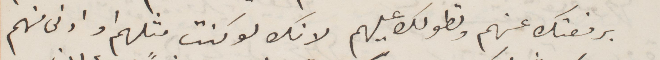
برفعتك عنهم وبطولك عليهم لانك لو كنت مثلهم او ادنى منهم